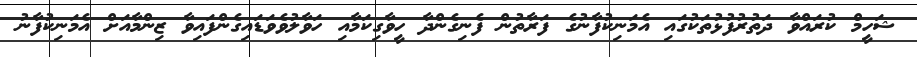
ޝަހީމް ކުރައްވާ ދަތުރުފުޅުތަކުގައި އެމަނިކުފާނުގެ ފަރާތުން ފެނިގެންދާ ހީވާގިކަމާއި ހަވާލުވެވަޑައިގެންފައިވާ ޒިންމާއަށް އެމަނިކުފާނު